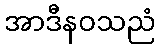
အာဒီနဝသညံ